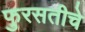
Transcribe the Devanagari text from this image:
फुरसतीचे